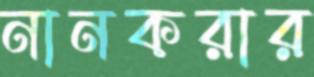
নানকরার